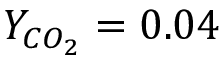
Y _ { C O _ { 2 } } = 0 . 0 4